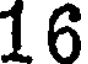
16